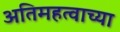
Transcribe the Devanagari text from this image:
अतिमहत्वाच्या